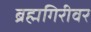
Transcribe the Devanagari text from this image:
ब्रह्मगिरीवर